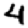
Digit: 4